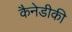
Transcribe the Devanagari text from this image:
कैनेडीकी